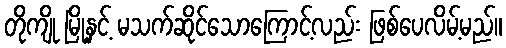
တိုကျို မြို့နှင့် မသက်ဆိုင်သောကြောင့်လည်း ဖြစ်ပေလိမ့်မည်။